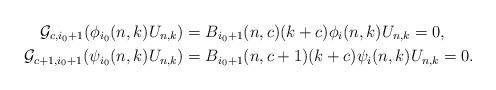
LaTeX: \begin{align*}\mathcal G_{c,i_0+1}(\phi_{i_0}(n,k)U_{n,k})&= B_{i_0+1}(n,c) (k+c)\phi_i (n,k)U_{n,k} = 0,\\\mathcal G_{c+1,i_0+1}(\psi_{i_0}(n,k)U_{n,k})&= B_{i_0+1}(n,c+1)(k+c)\psi_i (n,k)U_{n,k}=0.\end{align*}